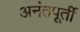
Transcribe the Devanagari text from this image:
अनंतपूर्ती